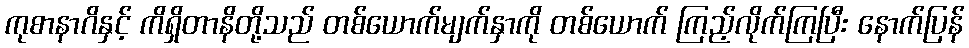
ကုစာနာဂိနှင့် ကိရှိတာနိတို့သည် တစ်ယောက်မျက်နှာကို တစ်ယောက် ကြည့်လိုက်ကြပြီး နောက်ပြန်